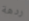
ردهة